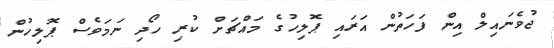
ޖުވެނައިލް އިން ފަހަތުން އަރައި ޕޮލިހުގެ މައްޗަށް ކުރި ހޯދި ނަމަވެސް ޕޮލިހުން